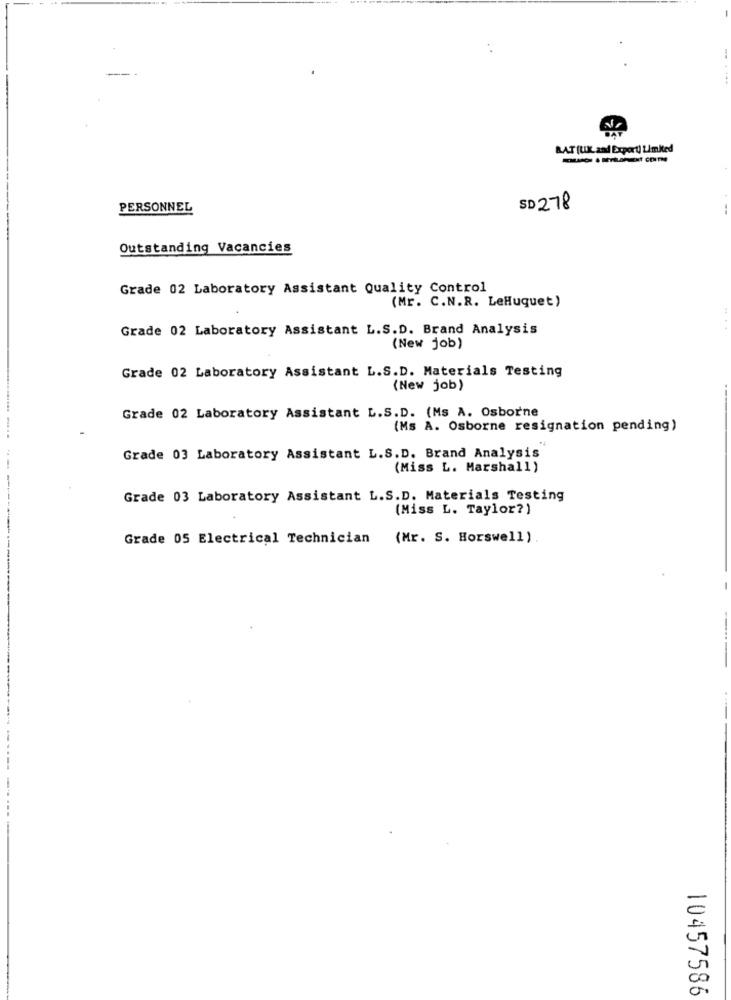
BAT (UK. and Export) Limited
PERSONNEL
SD 278
Outstanding Vacancies
Grade 02 Laboratory Assistant Quality Control
(Mr. C.N.R. LeHuquet)
Grade 02 Laboratory Assistant L.S.D. Brand Analysis
(New job)
Grade 02 Laboratory Assistant L.S.D. Materials Testing
(New job)
Grade 02 Laboratory Assistant L.S.D. (Ms A. Osborne
(Ms A. Osborne resignation pending)
Grade 03 Laboratory Assistant L.S.D. Brand Analysis
(Miss L. Marshall)
Grade 03 Laboratory Assistant L.S.D. Materials Testing
(Miss L. Taylor?)
Grade 05 Electrical Technician
(Mr. S. Horswell )
10457586